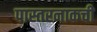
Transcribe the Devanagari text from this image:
पास्तरनाकची